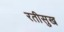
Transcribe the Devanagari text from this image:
रतीसुख